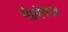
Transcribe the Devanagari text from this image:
मैक्रोफेज़